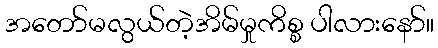
အတော်မလွယ်တဲ့အိမ်မှုကိစ္စ ပါလားနော်။